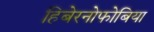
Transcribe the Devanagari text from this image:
हिबेरनोफोबिया